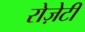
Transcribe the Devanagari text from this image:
रोज़ेटी